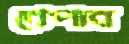
খেপাব